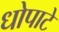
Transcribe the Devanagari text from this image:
धोपाटे